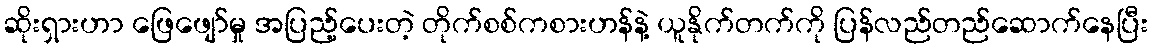
ဆိုးရှားဟာ ဖြေဖျော်မှု အပြည့်ပေးတဲ့ တိုက်စစ်ကစားဟန်နဲ့ ယူနိုက်တက်ကို ပြန်လည်တည်ဆောက်နေပြီး